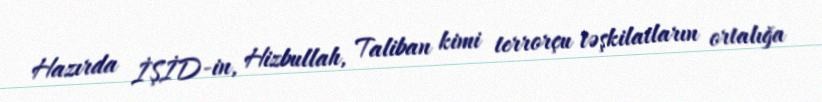
Hazırda İŞİD-in, Hizbullah, Taliban kimi terrorçu təşkilatların ortalığa